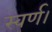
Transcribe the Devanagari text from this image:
स्वर्ण।